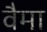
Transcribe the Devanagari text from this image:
वैमा